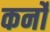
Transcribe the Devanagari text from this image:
कर्नो